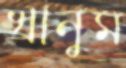
খানুম